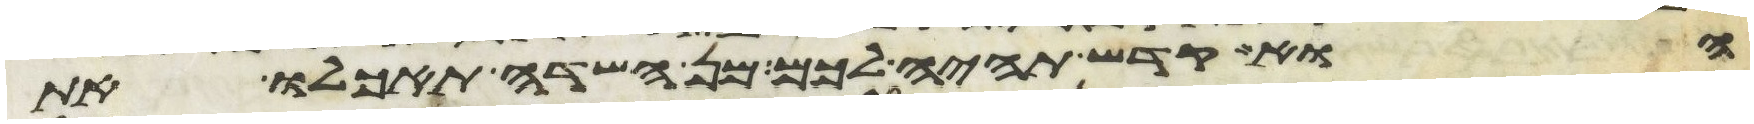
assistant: הוא קדש תהיה לכם מן השדה תאכלו את